Report of the Bombay Veterinary College
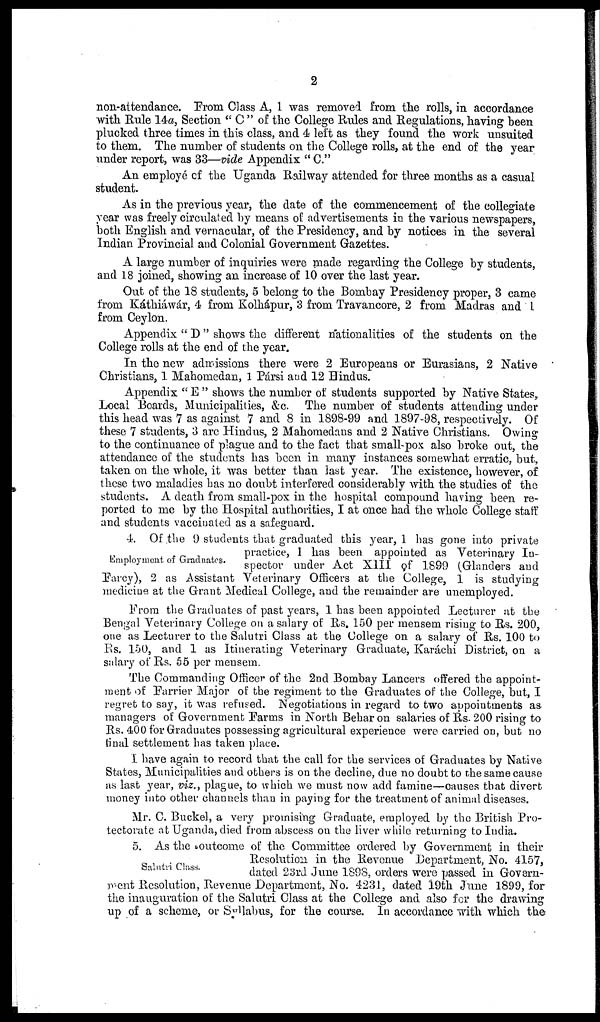
2
non-attendance. From Class A, 1 was removed from the rolls, in accordance
with Rule 14a, Section "C" of the College Rules and Regulations, having been
plucked three times in this class, and 4 left as they found the work unsuited
to them. The number of students on the College rolls, at the end of the year
under report, was 33—vide Appendix "C."
An employé of the Uganda Railway attended for three months as a casual
student.
As in the previous year, the date of the commencement of the collegiate
year was freely circulated by means of advertisements in the various newspapers,
both English and vernacular, of the Presidency, and by notices in the several
Indian Provincial and Colonial Government Gazettes.
A large number of inquiries were made regarding the College by students,
and 18 joined, showing an increase of 10 over the last year.
Out of the 18 students, 5 belong to the Bombay Presidency proper, 3 came
from Káthiáwár, 4 from Kolhápur, 3 from Travancore, 2 from Madras and 1
from Ceylon.
Appendix "D" shows the different nationalities of the students on the
College rolls at the end of the year.
In the new admissions there were 2 Europeans or Eurasians, 2 Native
Christians, 1 Mahomedan, 1 Pársi and 12 Hindus.
Appendix "E" shows the number of students supported by Native States,
Local Boards, Municipalities, &c. The number of students attending under
this head was 7 as against 7 and 8 in 1898-99 and 1897-98, respectively. Of
these 7 students, 3 are Hindus, 2 Mahomedans and 2 Native Christians. Owing
to the continuance of plague and to the fact that small-pox also broke out, the
attendance of the students has been in many instances somewhat erratic, but,
taken on the whole, it was better than last year. The existence, however, of
these two maladies has no doubt interfered considerably with the studies of the
students. A death from small-pox in the hospital compound having been re-
ported to me by the Hospital authorities, I at once had the whole College staff
and students vaccinated as a safeguard.
Employment of Graduates.
4. Of the 9 students that graduated this year, 1 has gone into private
practice, 1 has been appointed as Veterinary In-
spector under Act XIII of 1899 (Glanders and
Farcy), 2 as Assistant Veterinary Officers at the College, 1 is studying
medicine at the Grant Medical College, and the remainder are unemployed.
From the Graduates of past years, 1 has been appointed Lecturer at the
Bengal Veterinary College on a salary of Rs. 150 per mensem rising to Rs. 200,
one as Lecturer to the Salutri Class at the College on a salary of Rs. 100 to
Rs. 150, and 1 as Itinerating Veterinary Graduate, Karáchi District, on a
salary of Rs. 55 per mensem.
The Commanding Officer of the 2nd Bombay Lancers offered the appoint-
ment of Farrier Major of the regiment to the Graduates of the College, but, I
regret to say, it was refused. Negotiations in regard to two appointments as
managers of Government Farms in North Behar on salaries of Rs. 200 rising to
Rs. 400 for Graduates possessing agricultural experience were carried on, but no
final settlement has taken place.
I have again to record that the call for the services of Graduates by Native
States, Municipalities and others is on the decline, due no doubt to the same cause
as last year, viz., plague, to which we must now add famine—causes that divert
money into other channels than in paying for the treatment of animal diseases.
Mr. C. Buckel, a very promising Graduate, employed by the British Pro-
tectorate at Uganda, died from abscess on the liver while returning to India.
Salutri Class.
5. As the outcome of the Committee ordered by Government in their
Resolution in the Revenue Department, No. 4157,
dated 23rd June 1898, orders were passed in Govern-
ment Resolution, Revenue Department, No. 4231, dated 19th June 1899, for
the inauguration of the Salutri Class at the College and also for the drawing
up of a scheme, or Syllabus, for the course. In accordance with which the